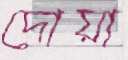
দোয়া